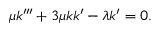
\mu k ^ { \prime \prime \prime } + 3 \mu k k ^ { \prime } - \lambda k ^ { \prime } = 0 .